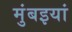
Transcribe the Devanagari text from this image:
मुंबइयां